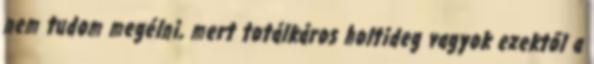
nem tudom megélni, mert totálkáros holtideg vagyok ezektől a